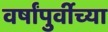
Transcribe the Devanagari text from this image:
वर्षांपुर्वीच्या